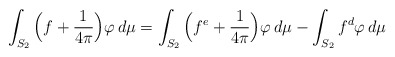
\begin{align*}\int_{S_2} \Big( f + \frac 1 {4 \pi} \Big) \varphi \, d \mu = \int_{S_2} \Big( f^e + \frac 1 {4 \pi} \Big) \varphi \, d \mu- \int_{S_2} f^d \varphi \, d \mu\end{align*}